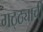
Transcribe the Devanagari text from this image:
गठ्ठ्याची